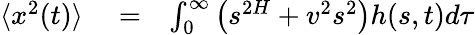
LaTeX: \begin{array}{rlr}{\langle x^{2}(t)\rangle}&{{}=}&{\int_{0}^{\infty}\left(s^{2H}+v^{2}s^{2}\right)h(s,t)d\tau}\end{array}